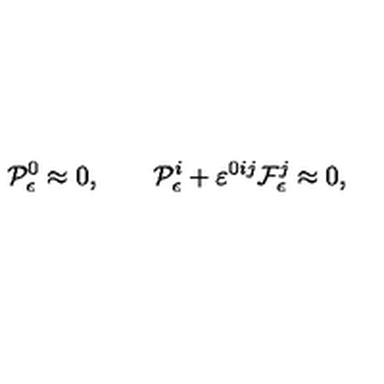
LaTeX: { \cal P } _ { \epsilon } ^ { 0 } \approx 0 , \qquad { \cal P } _ { \epsilon } ^ { i } + \varepsilon ^ { 0 i j } { \cal F } _ { \epsilon } ^ { j } \approx 0 ,